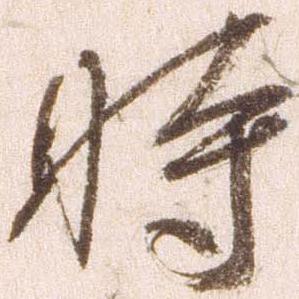
時